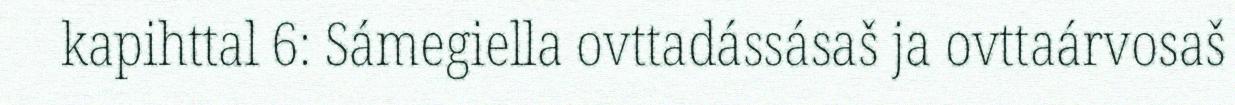
kapihttal 6: Sámegiella ovttadássásaš ja ovttaárvosaš